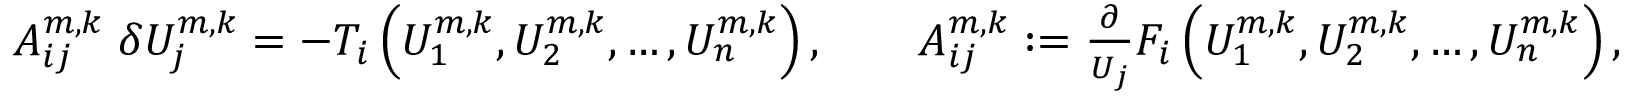
\begin{array} { r } { A _ { i j } ^ { m , k } \; \delta U _ { j } ^ { m , k } = - T _ { i } \left( U _ { 1 } ^ { m , k } , U _ { 2 } ^ { m , k } , \dots , U _ { n } ^ { m , k } \right) , \quad \quad A _ { i j } ^ { m , k } : = \frac { \partial } { U _ { j } } F _ { i } \left( U _ { 1 } ^ { m , k } , U _ { 2 } ^ { m , k } , \dots , U _ { n } ^ { m , k } \right) , } \end{array}